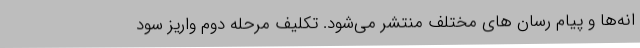
انه‌ها و پیام رسان های مختلف منتشر می‌شود. تکلیف مرحله دوم واریز سود